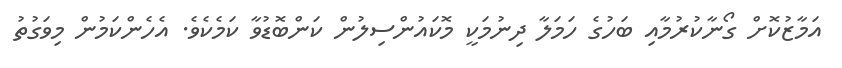
އަމާޒުކޮށް ގޯނާކުރުމާއި ބަހުގެ ހަމަލާ ދިނުމަކީ މޮކައުންސިލުން ކަންބޮޑުވާ ކަމެކެވެ. އެހެންކަމުން މިވަގުތު